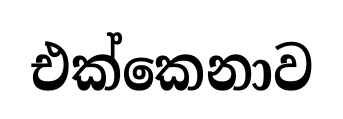
එක්කෙනාව